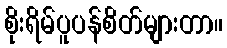
စိုးရိမ်ပူပန်စိတ်များတာ။